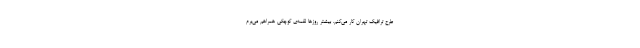
طرح ترافیک تهران کار می‌کنم. بیشتر روزها لقمه‌ی کوچکی همراهم می‌برم